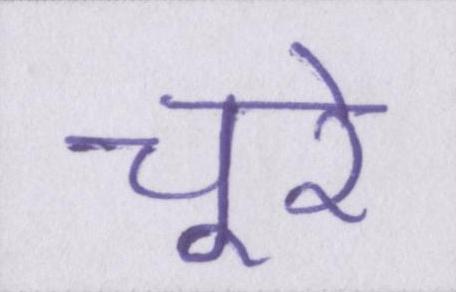
चूरे